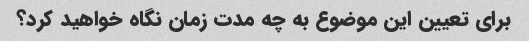
برای تعیین این موضوع به چه مدت زمان نگاه خواهید کرد؟